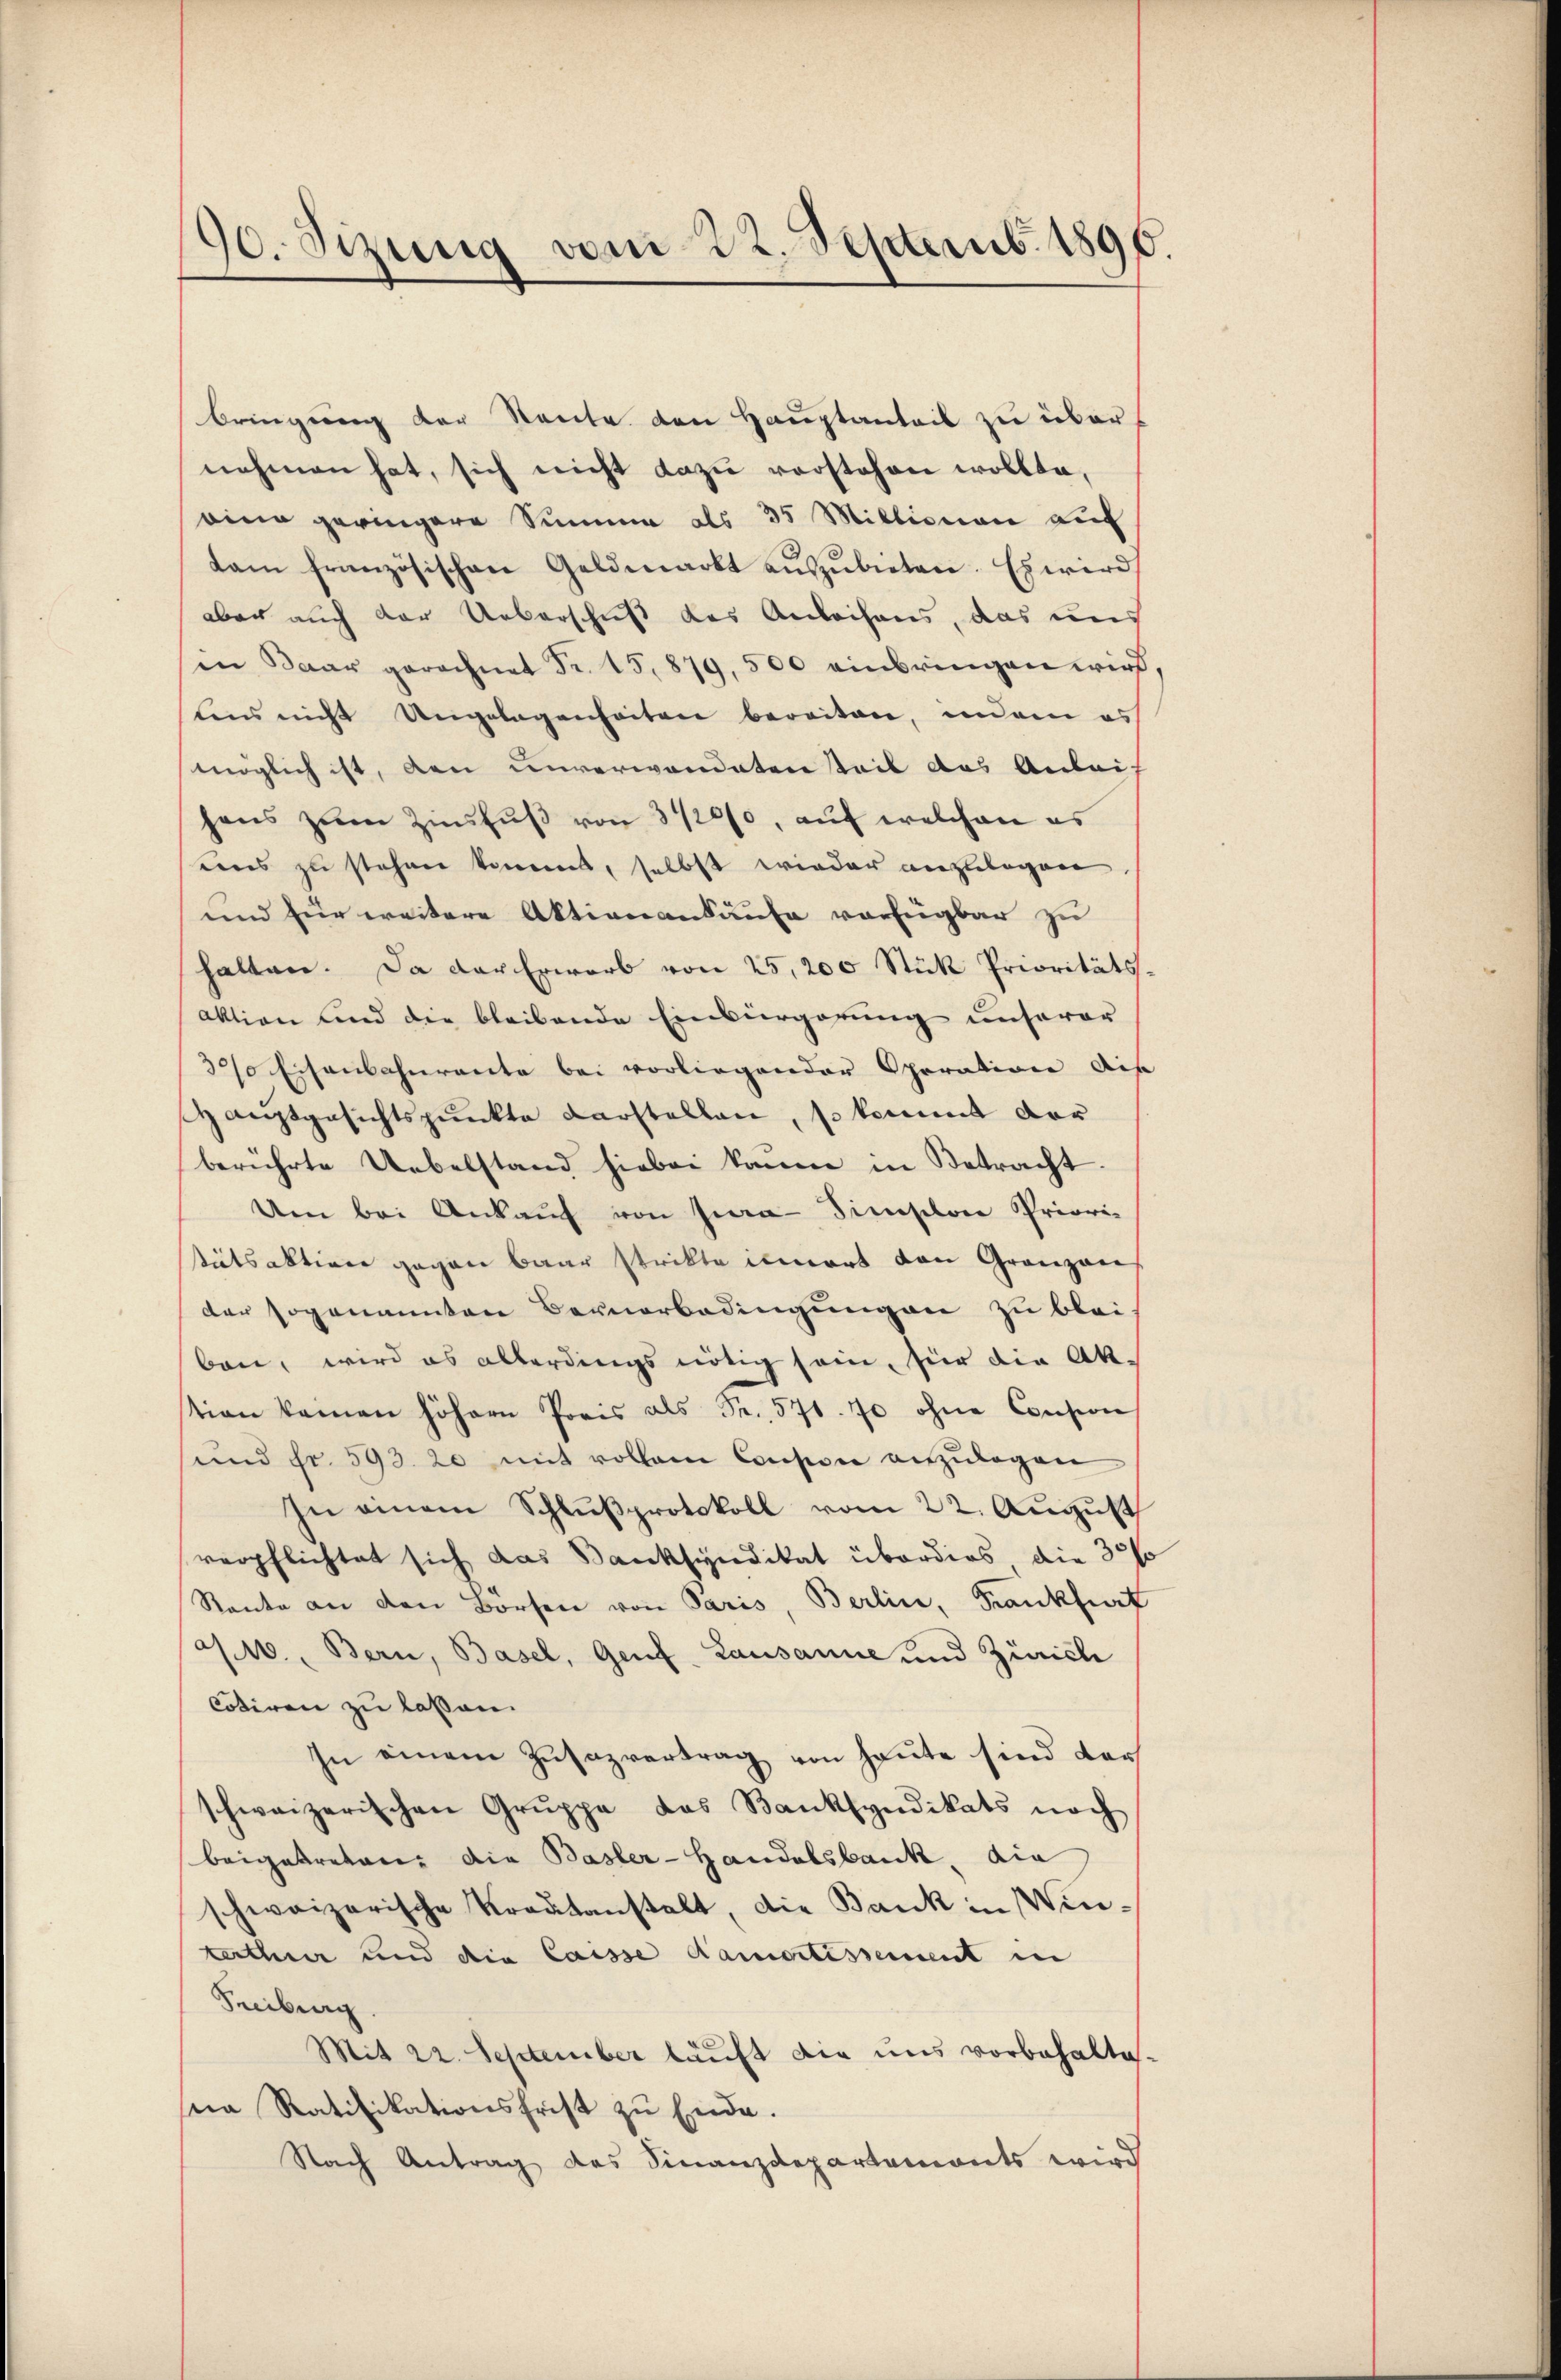
90. Sizung vom 22. Septemb. 1890.

bringung der Rente den Hauptanteil zu übernehmen hat, sich nicht dazu vorstehen wollte,
eine geringere Summe als 35 Millionen auf
dam französischen Geldmarkt aŭszŭbieten. Es wird
aber auch der Ueberschuß des Anleihens, das und
in Baar gerechnet Fr. 15,879, 500 einbringen wird,
tens nicht Ungelegenheiten bereiten, indem es
möglich ist, den unverwandeten teil des Anleih
hens zum Zinsfuß von 31200, auf welchen es
uns zu stehen kommt, selbst wieder anzulagen
und für weitere Aktionensaufe verfügbar zu
halten. Da der Erwarb von 25, 200 Stück Prioritätsaktion sind die bleibende Einbürgerung unserer
3% Eisenbahnrante bei vorliegender Sporation die
Hauptgesichtspunkte Karstellen, so kommt dar
berührte Uebelstand hiebei kanne in Betracht.
Um bei Ankaŭf von Jura Simselon Priori-
stätsaktion gegen baar strikte innert den Gränz(...)
der sogenannten Bernerbedingungen zu blei-
ban, wird es allerdings nötig sein, für die Ak-
tian kamen höhern Preis als Sr. 571. 70 ohne Consion
sund fr. 593. 20 mit vollem Consion anzulagen
In einem Schlŭβprotokoll vom 22. August
verpflichtet sich das Banksyndikat überdies die 30s
Rante an den Börsen von Paris, Berlin, Frankfurt
/M., Bern, Basel, Genf Lausanne und Zürich
Cotiren zu lassen.
In einem Zusazvertrag von heute sind darschweizerischen Gruppe das Banksyndikats noch
beigetreten die Basler-Handelsbank, die
schweizerische Kreditanstalt, die Bank in Winterthur und die laisse Samortissement in
Freiburg
Mit 22. September läuft die uns vorbehaltena Ratifikationsfrist zu Ende.
Nach Antrag des Finanzdepartements wird